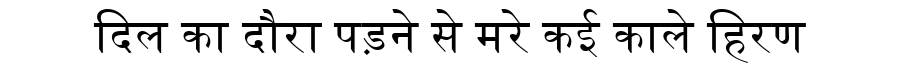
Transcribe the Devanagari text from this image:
दिल का दौरा पड़ने से मरे कई काले हिरण